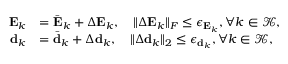
\begin{array} { r l } { \mathbf { E } _ { k } } & { = \Bar { \mathbf { E } } _ { k } + \Delta \mathbf { E } _ { k } , \quad \| \Delta \mathbf { E } _ { k } \| _ { F } \leq \epsilon _ { \mathbf { E } _ { k } } , \forall k \in \mathcal { K } , } \\ { \mathbf { d } _ { k } } & { = \Bar { \mathbf { d } } _ { k } + \Delta \mathbf { d } _ { k } , \quad \| \Delta \mathbf { d } _ { k } \| _ { 2 } \leq \epsilon _ { \mathbf { d } _ { k } } , \forall k \in \mathcal { K } , } \end{array}